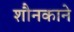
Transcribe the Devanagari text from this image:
शौनकाने